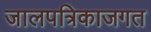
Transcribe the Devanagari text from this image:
जालपत्रिकाजगत